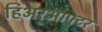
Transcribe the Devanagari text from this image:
हिअरआफ्टर